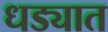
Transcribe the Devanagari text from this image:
धड्यात